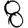
Digit: 8